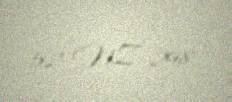
52-NZ-298